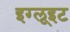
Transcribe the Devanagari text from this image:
इग्लूइट